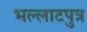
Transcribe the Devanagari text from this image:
भल्लाटपुत्र